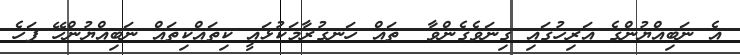
އެ ނަބިއްޔުންގެ އަރިހުގައި ގިނަވެގެންވާ  ތައް ހަނގުރާމަކުޅައީ ކިތައްކިތައް ނަބިއްޔުންހޭ ފަހެ